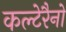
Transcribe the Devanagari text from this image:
कल्टेरैनो